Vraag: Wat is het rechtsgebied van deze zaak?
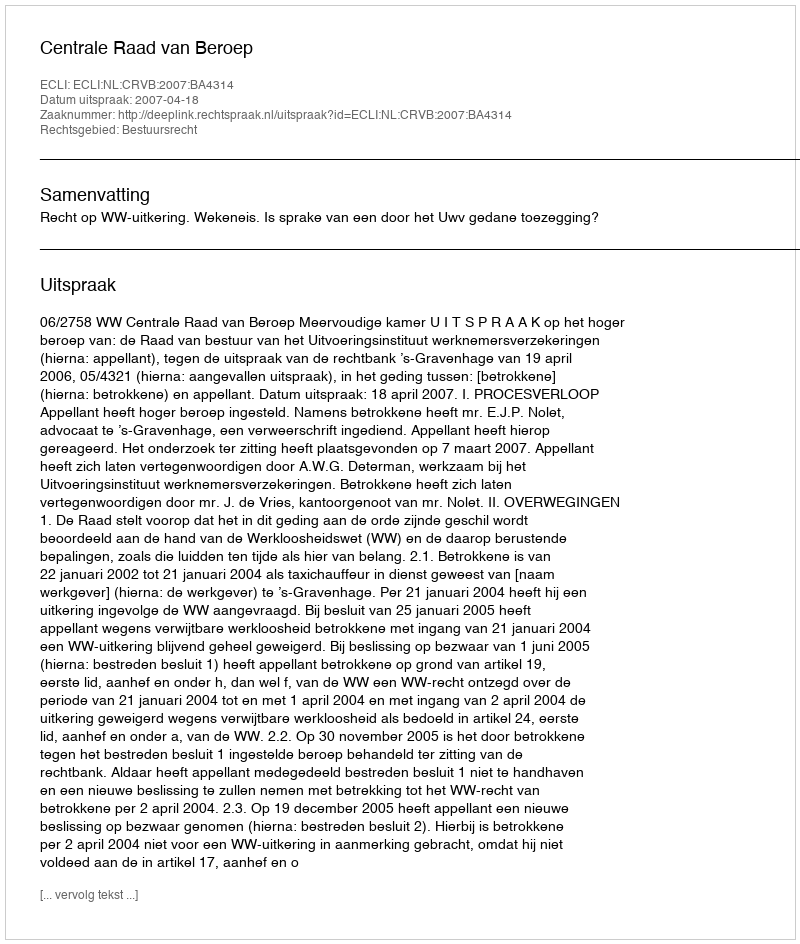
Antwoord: Bestuursrecht